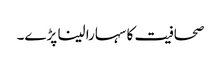
صحافیت کا سہارا لینا پڑے۔